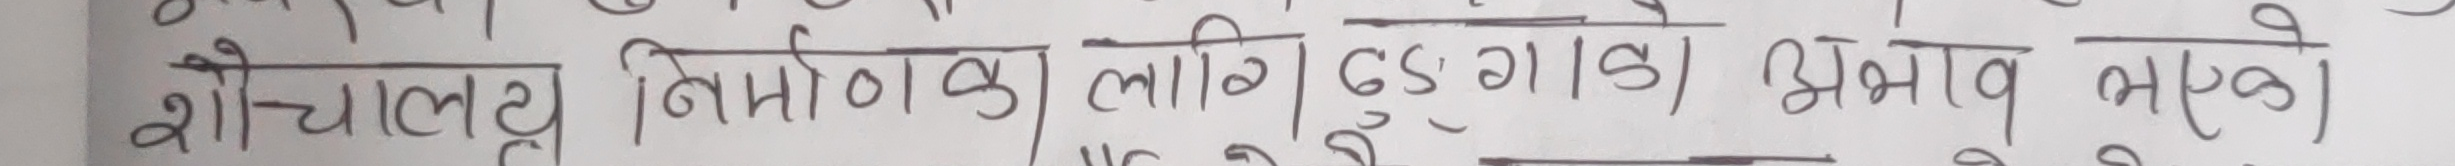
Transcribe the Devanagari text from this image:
शोचालय निर्माणका लागि ६५ गाँउ प्रभाव भएको